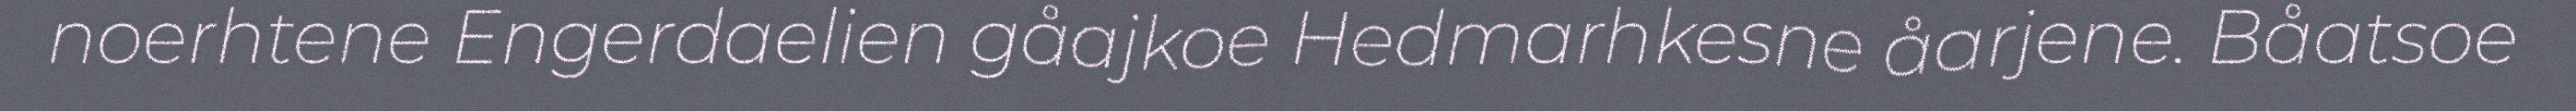
noerhtene Engerdaelien gåajkoe Hedmarhkesne åarjene. Båatsoe